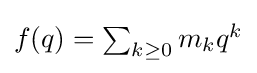
{\textstyle f(q)=\sum _{k\geq 0}m_{k}q^{k}}